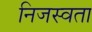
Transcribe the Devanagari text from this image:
निजस्वता